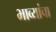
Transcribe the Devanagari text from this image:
भाव्यांचा